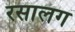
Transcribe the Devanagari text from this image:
रसालग